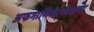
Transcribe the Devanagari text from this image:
अफगाणिस्तानमधल्या